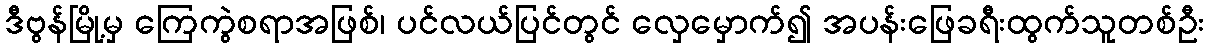
ဒီဗွန်မြို့မှ ကြေကွဲစရာအဖြစ်၊ ပင်လယ်ပြင်တွင် လှေမှောက်၍ အပန်းဖြေခရီးထွက်သူတစ်ဦး